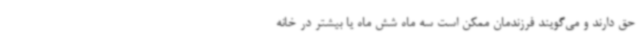
حق دارند و می‌گویند فرزندمان ممکن است سه ماه شش ماه یا بیشتر در خانه